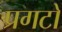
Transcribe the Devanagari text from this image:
प्रगटो